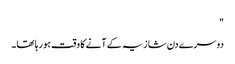
"
دوسرے دن شازیہ کے آنے کا وقت ہو رہا تھا۔